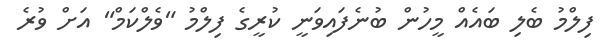
ފިލްމު ބެލި ބައެއް މީހުން ބުނެފައިވަނީ ކުރީގެ ފިލްމު "ވެލްކަމް" އަށް ވުރެ